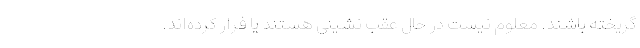
گریخته باشند. معلوم نیست در حال عقب نشینی هستند یا فرار کرده‌اند.